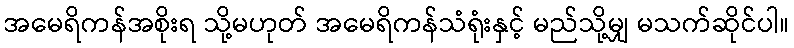
အမေရိကန်အစိုးရ သို့မဟုတ် အမေရိကန်သံရုံးနှင့် မည်သို့မျှ မသက်ဆိုင်ပါ။